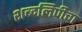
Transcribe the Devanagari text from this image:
शब्दलिपीचा